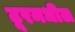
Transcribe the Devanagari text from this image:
टूरमधील